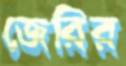
জেরির